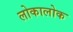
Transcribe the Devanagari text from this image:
लोकालोक